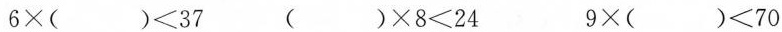
$$6 × ( ) ＜ 3 7$$$$( ) × 8 ＜ 2 4$$$$9 \times ( ) ＜7 0$$